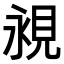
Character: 𧠧